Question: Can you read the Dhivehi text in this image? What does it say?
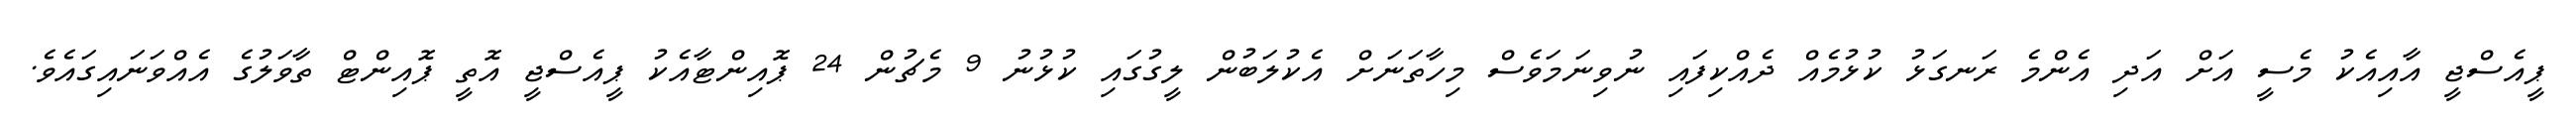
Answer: ޕީއެސްޖީ އާއިއެކު މެސީ އަށް އަދި އެންމެ ރަނގަޅު ކުޅުމެއް ދެއްކިފައި ނުވިނަމަވެސް މިހާތަނަށް އެކުލަބުން ލީގުގައި ކުޅުނު 9 މެޗުން 24 ޕޮއިންޓާއެކު ޕީއެސްޖީ އޮތީ ޕޮއިންޓް ތާވަލުގެ އެއްވަނައިގައެވެ.